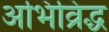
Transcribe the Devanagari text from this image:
अभिव्रिद्ध